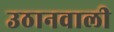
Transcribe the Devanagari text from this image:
उठानवाली